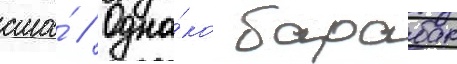
сша́ // Одна́ко барабак